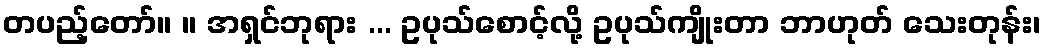
တပည့်တော်။ ။ အရှင်ဘုရား ... ဥပုသ်စောင့်လို့ ဥပုသ်ကျိုးတာ ဘာဟုတ် သေးတုန်း၊